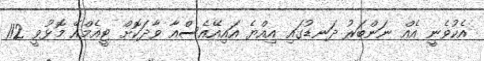
އެކުވެނީ އެއް ނަންބަރު ދަނޑުގައި އިއްޔެ އައިއޭއެސްއާ ވާދަކޮށް ޓީއެމްއޭ މޮޅުވީ 112